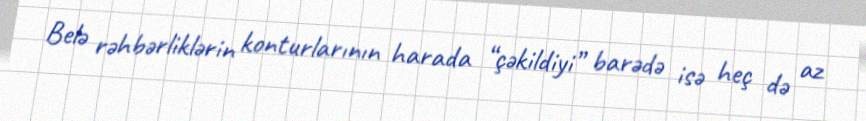
Belə rəhbərliklərin konturlarının harada “çəkildiyi” barədə isə heç də az